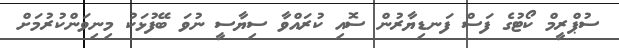
ސުޕްރީމް ކޯޓުގެ ފަސް ފަނޑިޔާރުން ސޮއި ކުރައްވާ ސިޔާސީ ނުވަ ބޭފުޅަކު މިނިވަންކުރުމަށް